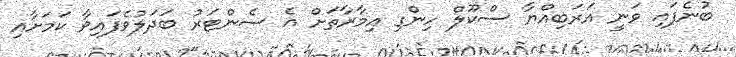
ބުނެފައި ވަނީ އަރަބިއްޔާ ސްކޫލް ހިންގި އިމާރާތަށް އެ ސެންޓަރު ބަދަލުވެފައިވާ ކަމަށާއި